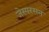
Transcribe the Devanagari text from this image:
जेस्परसन